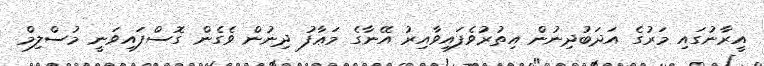
އީރާނުގައި މަރުގެ އަދަބުދިނުން އިތުރުވެފައިވާއިރު އޭނާގެ މަޢާފު ދިނުން ވެގެން ގޮސްފައިވަނީ މުސްލިމް